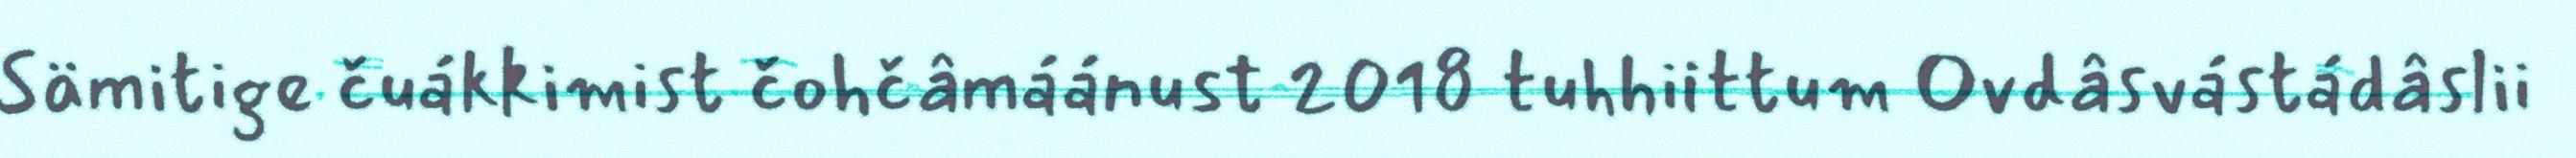
Sämitige čuákkimist čohčâmáánust 2018 tuhhiittum Ovdâsvástádâslii